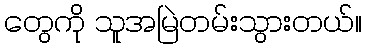
တွေကို သူအမြဲတမ်းသွားတယ်။